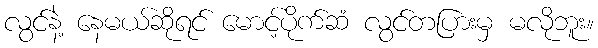
လွင်နဲ့ နေမယ်ဆိုရင် မောင့်ပိုက်ဆံ လွင်တပြားမှ မလိုဘူး။